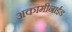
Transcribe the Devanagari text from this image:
अकामीनाईड